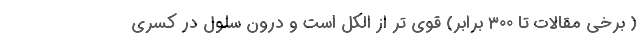
( برخی مقالات تا 300 برابر) قوی تر از الکل است و درون سلول در کسری